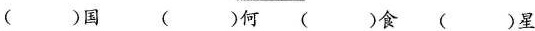
()国()何()食()星